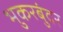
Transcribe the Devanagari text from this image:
भुकरबुंदर